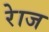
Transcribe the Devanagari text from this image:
रेाज